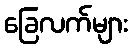
ခြေလက်များ